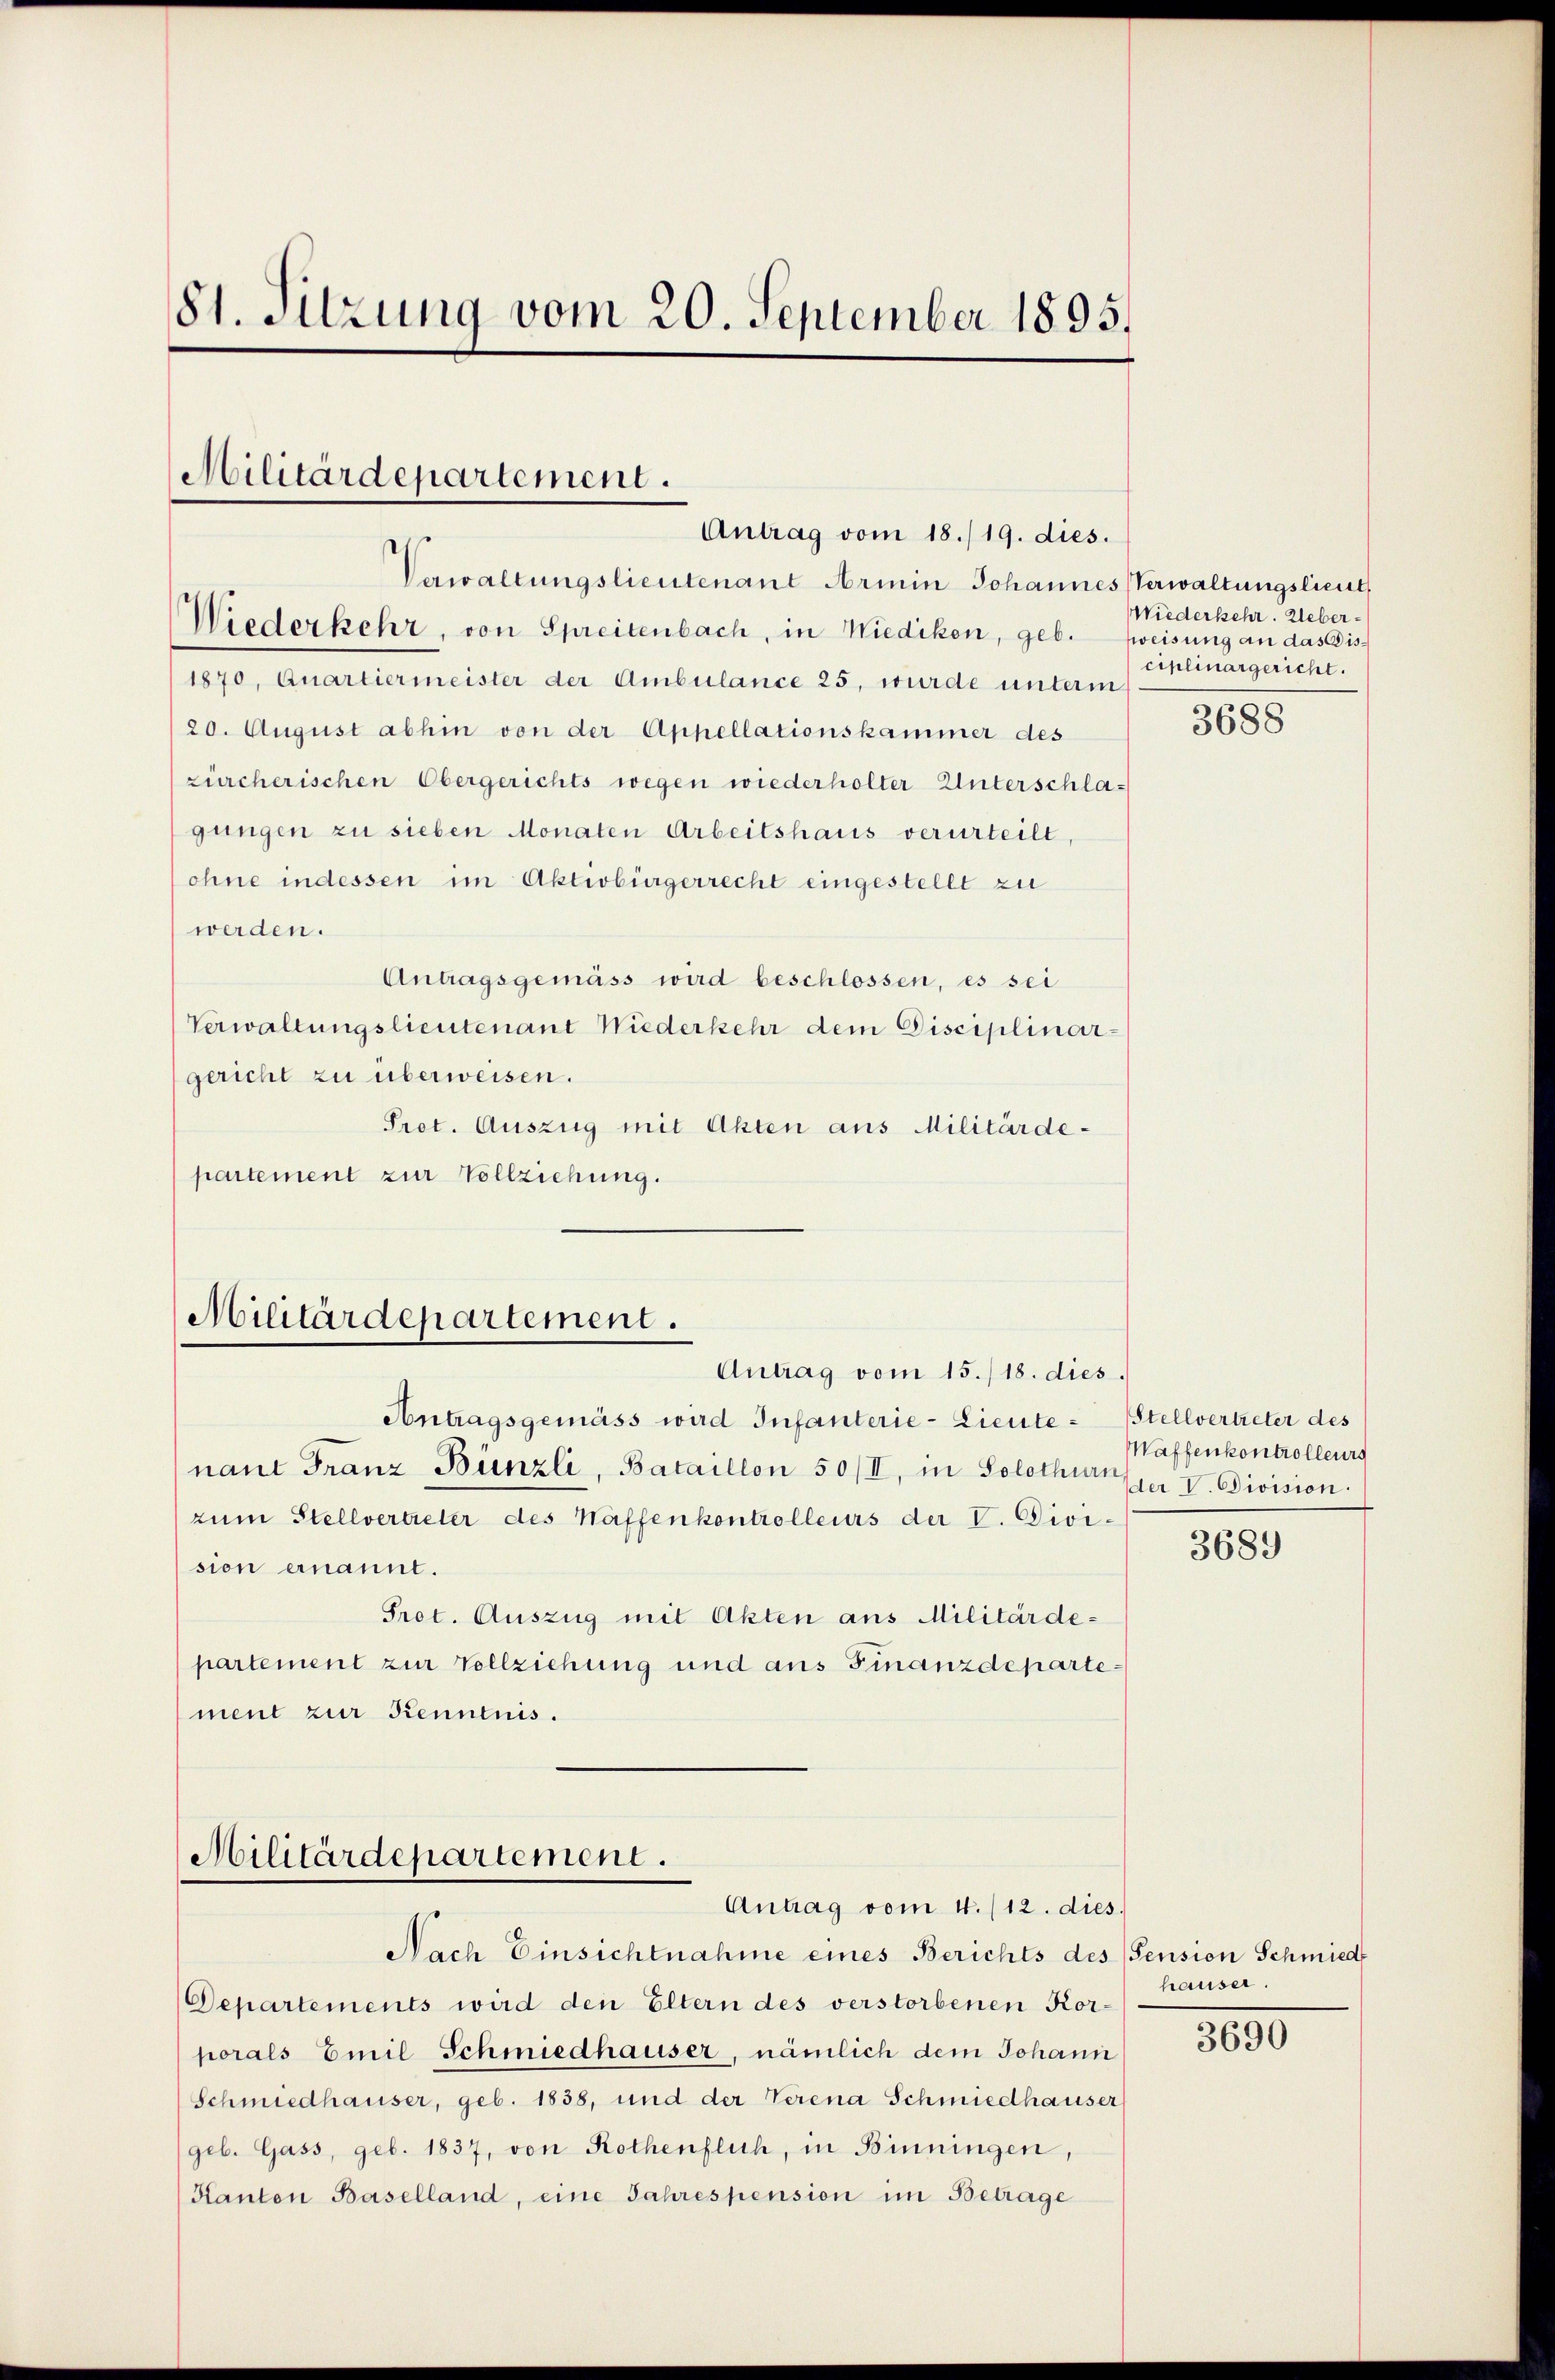
81. Sitzung vom 20. September 1895.

Militärdepartement.
Antrag vom 18./19. dies.
Verwaltungslieutenant Armin Johannes Verwaltungstlieut
Wiederkehr, von Spreitenbach, in Wiediken, geb.

1870, Quartiermeister der Ambülance 25, wurde unterm
20. August abhin von der Appellationskammer des
zürcherischen Obergerichts wegen wiederholter Unterschla-
gungen zu sieben Monaten Arbeitshaus verurteilt,
ohne indessen im Aktivbürgerrecht eingestellt zu
werden.
Antragsgemäss wird beschlossen, es sei
Verwaltungslieutenant Wiederkehr dem Disciplinar-
gericht zu überweisen.
Pret. Auszug mit Akten aus Militärde-
partement zur Vollziehung.

Militärdepartement.
Antrag vom 15./18. dies.

Antragsgemäss wird Infanterie-Lieute Stellvertreter des
nant Franz Bünzli, Bataillon 50/II, in Solothurn
zum Stellvertreter des Waffenkontrolleurs der V. Division ernannt.
Prot. Auszug mit Akten aus Militärde-
partement zur Vollziehung und aus Finanzdepartement zur Kenntnis.

Militärdepartement.
Antrag vom 4. /12. dies.

Nach Einsichtnahme eines Berichts des Pension Schmied
Departements wird den Eltern des verstorbenen Kor-
porals Emil Schmiedhauser, nämlich dem Johann
Schmiedhauser, geb. 1838, und der Verena Schmiedhäuser
geb. Gass, geb. 1837, von Rothenflich, in Binningen,
Kanton Baselland, eine Jahrespension im Betrage

Wiederkehr. Uebersweisung an das Disciplinargericht.
3688

Waffenkontrolleurs
der V. Division.

3689

häuser.

3690